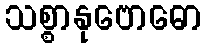
သစ္စာနုဗောဓော